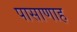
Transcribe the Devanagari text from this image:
पासाणाह